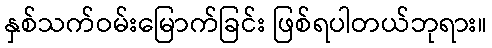
နှစ်သက်ဝမ်းမြောက်ခြင်း ဖြစ်ရပါတယ်ဘုရား။